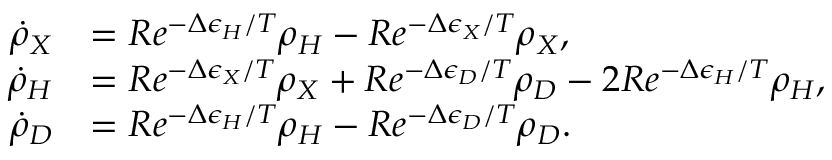
\begin{array} { r l } { \dot { \rho } _ { X } } & { = R e ^ { - \Delta \epsilon _ { H } / T } \rho _ { H } - R e ^ { - \Delta \epsilon _ { X } / T } \rho _ { X } , } \\ { \dot { \rho } _ { H } } & { = R e ^ { - \Delta \epsilon _ { X } / T } \rho _ { X } + R e ^ { - \Delta \epsilon _ { D } / T } \rho _ { D } - 2 R e ^ { - \Delta \epsilon _ { H } / T } \rho _ { H } , } \\ { \dot { \rho } _ { D } } & { = R e ^ { - \Delta \epsilon _ { H } / T } \rho _ { H } - R e ^ { - \Delta \epsilon _ { D } / T } \rho _ { D } . } \end{array}